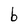
Character: b